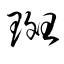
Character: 斑